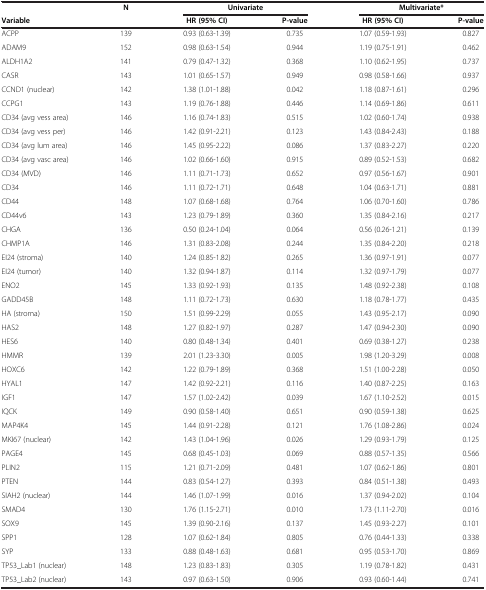
<table><thead><tr><td><b> </b></td><td><b>N</b></td><td colspan="2"><b>Univariate</b></td><td colspan="2"><b>Multivariate*</b></td></tr><tr><td><b>Variable</b></td><td><b> </b></td><td><b>HR (95% CI)</b></td><td><b>P-value</b></td><td><b>HR (95% CI)</b></td><td><b>P-value</b></td></tr></thead><tbody><tr><td>ACPP</td><td>139</td><td>0.93 (0.63-1.39)</td><td>0.735</td><td>1.07 (0.59-1.93)</td><td>0.827</td></tr><tr><td>ADAM9</td><td>152</td><td>0.98 (0.63-1.54)</td><td>0.944</td><td>1.19 (0.75-1.91)</td><td>0.462</td></tr><tr><td>ALDH1A2</td><td>141</td><td>0.79 (0.47-1.32)</td><td>0.368</td><td>1.10 (0.62-1.95)</td><td>0.737</td></tr><tr><td>CASR</td><td>143</td><td>1.01 (0.65-1.57)</td><td>0.949</td><td>0.98 (0.58-1.66)</td><td>0.937</td></tr><tr><td>CCND1 (nuclear)</td><td>142</td><td>1.38 (1.01-1.88)</td><td>0.042</td><td>1.18 (0.87-1.61)</td><td>0.296</td></tr><tr><td>CCPG1</td><td>143</td><td>1.19 (0.76-1.88)</td><td>0.446</td><td>1.14 (0.69-1.86)</td><td>0.611</td></tr><tr><td>CD34 (avg vess area)</td><td>146</td><td>1.16 (0.74-1.83)</td><td>0.515</td><td>1.02 (0.60-1.74)</td><td>0.938</td></tr><tr><td>CD34 (avg vess per)</td><td>146</td><td>1.42 (0.91-2.21)</td><td>0.123</td><td>1.43 (0.84-2.43)</td><td>0.188</td></tr><tr><td>CD34 (avg lum area)</td><td>146</td><td>1.45 (0.95-2.22)</td><td>0.086</td><td>1.37 (0.83-2.27)</td><td>0.220</td></tr><tr><td>CD34 (avg vasc area)</td><td>146</td><td>1.02 (0.66-1.60)</td><td>0.915</td><td>0.89 (0.52-1.53)</td><td>0.682</td></tr><tr><td>CD34 (MVD)</td><td>146</td><td>1.11 (0.71-1.73)</td><td>0.652</td><td>0.97 (0.56-1.67)</td><td>0.901</td></tr><tr><td>CD34</td><td>146</td><td>1.11 (0.72-1.71)</td><td>0.648</td><td>1.04 (0.63-1.71)</td><td>0.881</td></tr><tr><td>CD44</td><td>148</td><td>1.07 (0.68-1.68)</td><td>0.764</td><td>1.06 (0.70-1.60)</td><td>0.786</td></tr><tr><td>CD44v6</td><td>143</td><td>1.23 (0.79-1.89)</td><td>0.360</td><td>1.35 (0.84-2.16)</td><td>0.217</td></tr><tr><td>CHGA</td><td>136</td><td>0.50 (0.24-1.04)</td><td>0.064</td><td>0.56 (0.26-1.21)</td><td>0.139</td></tr><tr><td>CHMP1A</td><td>146</td><td>1.31 (0.83-2.08)</td><td>0.244</td><td>1.35 (0.84-2.20)</td><td>0.218</td></tr><tr><td>EI24 (stroma)</td><td>140</td><td>1.24 (0.85-1.82)</td><td>0.265</td><td>1.36 (0.97-1.91)</td><td>0.077</td></tr><tr><td>EI24 (tumor)</td><td>140</td><td>1.32 (0.94-1.87)</td><td>0.114</td><td>1.32 (0.97-1.79)</td><td>0.077</td></tr><tr><td>ENO2</td><td>145</td><td>1.33 (0.92-1.93)</td><td>0.135</td><td>1.48 (0.92-2.38)</td><td>0.108</td></tr><tr><td>GADD45B</td><td>148</td><td>1.11 (0.72-1.73)</td><td>0.630</td><td>1.18 (0.78-1.77)</td><td>0.435</td></tr><tr><td>HA (stroma)</td><td>150</td><td>1.51 (0.99-2.29)</td><td>0.055</td><td>1.43 (0.95-2.17)</td><td>0.090</td></tr><tr><td>HAS2</td><td>148</td><td>1.27 (0.82-1.97)</td><td>0.287</td><td>1.47 (0.94-2.30)</td><td>0.090</td></tr><tr><td>HES6</td><td>140</td><td>0.80 (0.48-1.34)</td><td>0.401</td><td>0.69 (0.38-1.27)</td><td>0.238</td></tr><tr><td>HMMR</td><td>139</td><td>2.01 (1.23-3.30)</td><td>0.005</td><td>1.98 (1.20-3.29)</td><td>0.008</td></tr><tr><td>HOXC6</td><td>142</td><td>1.22 (0.79-1.89)</td><td>0.368</td><td>1.51 (1.00-2.28)</td><td>0.050</td></tr><tr><td>HYAL1</td><td>147</td><td>1.42 (0.92-2.21)</td><td>0.116</td><td>1.40 (0.87-2.25)</td><td>0.163</td></tr><tr><td>IGF1</td><td>147</td><td>1.57 (1.02-2.42)</td><td>0.039</td><td>1.67 (1.10-2.52)</td><td>0.015</td></tr><tr><td>IQCK</td><td>149</td><td>0.90 (0.58-1.40)</td><td>0.651</td><td>0.90 (0.59-1.38)</td><td>0.625</td></tr><tr><td>MAP4K4</td><td>145</td><td>1.44 (0.91-2.28)</td><td>0.121</td><td>1.76 (1.08-2.86)</td><td>0.024</td></tr><tr><td>MKI67 (nuclear)</td><td>142</td><td>1.43 (1.04-1.96)</td><td>0.026</td><td>1.29 (0.93-1.79)</td><td>0.125</td></tr><tr><td>PAGE4</td><td>145</td><td>0.68 (0.45-1.03)</td><td>0.069</td><td>0.88 (0.57-1.35)</td><td>0.566</td></tr><tr><td>PLIN2</td><td>115</td><td>1.21 (0.71-2.09)</td><td>0.481</td><td>1.07 (0.62-1.86)</td><td>0.801</td></tr><tr><td>PTEN</td><td>144</td><td>0.83 (0.54-1.27)</td><td>0.393</td><td>0.84 (0.51-1.38)</td><td>0.493</td></tr><tr><td>SIAH2 (nuclear)</td><td>144</td><td>1.46 (1.07-1.99)</td><td>0.016</td><td>1.37 (0.94-2.02)</td><td>0.104</td></tr><tr><td>SMAD4</td><td>130</td><td>1.76 (1.15-2.71)</td><td>0.010</td><td>1.73 (1.11-2.70)</td><td>0.016</td></tr><tr><td>SOX9</td><td>145</td><td>1.39 (0.90-2.16)</td><td>0.137</td><td>1.45 (0.93-2.27)</td><td>0.101</td></tr><tr><td>SPP1</td><td>128</td><td>1.07 (0.62-1.84)</td><td>0.805</td><td>0.76 (0.44-1.33)</td><td>0.338</td></tr><tr><td>SYP</td><td>133</td><td>0.88 (0.48-1.63)</td><td>0.681</td><td>0.95 (0.53-1.70)</td><td>0.869</td></tr><tr><td>TP53_Lab1 (nuclear)</td><td>148</td><td>1.23 (0.83-1.83)</td><td>0.305</td><td>1.19 (0.78-1.82)</td><td>0.431</td></tr><tr><td>TP53_Lab2 (nuclear)</td><td>143</td><td>0.97 (0.63-1.50)</td><td>0.906</td><td>0.93 (0.60-1.44)</td><td>0.741</td></tr></tbody></table>